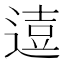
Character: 𨔦